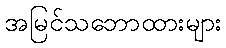
အမြင်သဘောထားများ